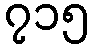
၇၁၅